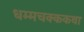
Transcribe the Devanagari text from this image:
धम्मचक्ककथा